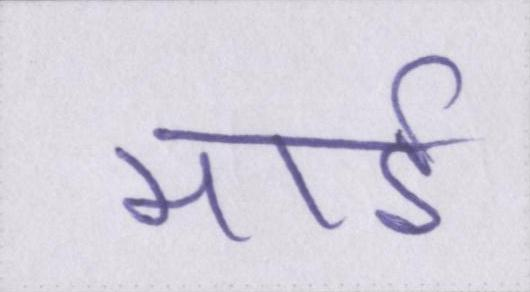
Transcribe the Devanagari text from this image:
माई